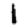
Digit: 1